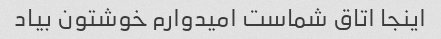
اینجا اتاق شماست امیدوارم خوشتون بیاد